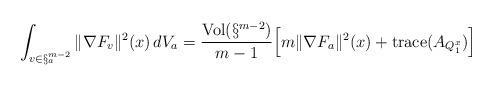
LaTeX: \begin{align*}\int_{v\in \S_{a}^{m-2}}\|\nabla F_{v}\|^2 (x) \, dV_{a}=\frac{\mathrm{Vol}(\S^{m-2})}{m-1}\Big[ m\| \nabla F_{a} \|^2 (x)+ \mathrm{trace}(A_{Q_{1}^{x}}) \Big]\end{align*}